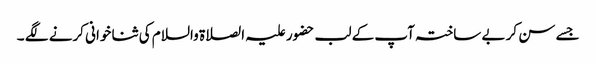
جسے سن کر بے ساختہ آپ کے لب حضور علیہ الصلاۃ والسلام کی ثنا خوانی کرنے لگے ۔